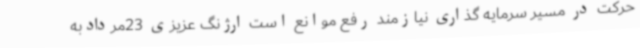
حرکت در مسیر سرمایه گذاری نیازمند رفع موانع است ارژنگ عزیزی 23مردادبه